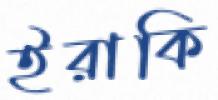
ইরাকি